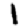
Digit: 1